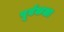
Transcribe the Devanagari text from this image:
पूर्वकला